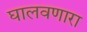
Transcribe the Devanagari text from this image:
घालवणारा